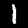
Label: 1